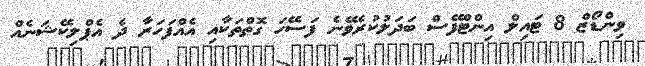
ވިންޑޯޒް 8 ޓައިލް އިންޓްފޭސް ބަދަލުކުރެވޭނެ ފަސޭހަ ގޮތްތަކާއި އެއްފަހަރާ ދެ އެޕްލިކޭޝަނެއް